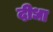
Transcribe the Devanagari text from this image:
दीधा